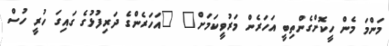
މަންމަ މެން ހީކޮށްގެންތިބީ އަހަރެން މަރުވީކަމަށް" "އަހަރެންގެ ދަރިފުޅުގެ ގައިގަ ހުރީ ހުސް